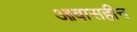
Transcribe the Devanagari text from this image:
आवासहीन